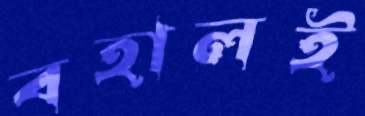
বহালই